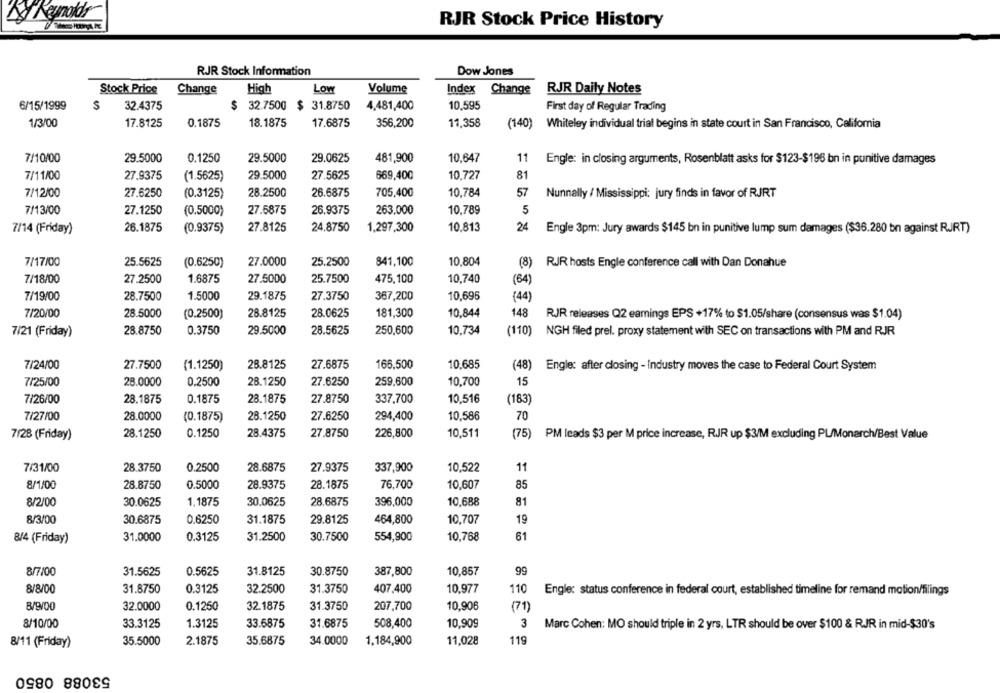
RJR Stock Price History
RJR Stock Information
Dow Jones
Change
High
Low
Volume
Index
Change
RJR Daily Notes
Stock Price
6/15/1999
$
32.4375
$
32.7500 $ 31.8750
4,481,400
10,595
First day of Regular Trading
1/3/00
17.8125
0.1875
18.1875
17.6875
356,200
11,358
(140)
Whiteley individual trial begins in state court in San Francisco, Califomia
7/10/00
29.5000
0.1250
29.5000
29.0625
481,900
10,647
11
Engle: in closing arguments, Rosenblatt asks for $123-$196 bn in punitive damages
7/11/00
27.9375
(1.5625)
29.5000
27.5625
669,400
10,727
81
7/12/00
27.6250
(0.3125)
28.2500
26.6875
705,400
10.784
57
Nunnally / Mississippi: jury finds in favor of RJRT
7/13/00
27.1250
(0.5000)
27.6875
26.9375
263,000
10,789
5
26.1875
27.8125
24.8750
1,297,300
10.813
24
7/14 (Friday)
(0.9375)
Engle 3pm: Jury awards $145 bn in punitive lump sum damages ($36.280 bn against RJRT)
7/17/00
25.5625
(0.6250)
27.0000
25.2500
841,100
10.804
(8) RJR hosts Engle conference call with Dan Donahue
7/18/00
27.2500
1.6875
27.5000
25.7500
475,100
10,740
(64
7/19/00
28.7500
1.5000
29.1875
27.3750
367,200
10,696
(44)
7/20/00
28.5000
(0.2500)
28.8125
28.0625
181,300
10.844
148
RJR releases Q2 eamings EPS +17% to $1.05/share (consensus was $1.04)
7/21 (Friday)
28.8750
0.3750
29.5000
28.5625
250,600
10.734
(110) NGH filed prel. proxy statement with SEC on transactions with PM and RJR
7/24/00
27.7500
(1.1250)
28.8125
27.6875
166,500
10.685
(48) Engle: after closing - Industry moves the case to Federal Court System
259,600
15
7/25/00
28.0000
0.2500
28.1250
27.6250
10,700
7/26/00
28.1875
0.1875
23.1875
27.8750
337,700
10.516
(183)
28.0000
28.1250
27.6250
294,400
10.586
70
7/27/00
(0.1875)
7/28 (Friday)
28.1250
0.1250
28.4375
27.8750
226,800
10,511
(75) PM leads $3 per M price increase, RJR up $3/M excluding PL/Monarch/Best Value
7/31/00
28.3750
0.2500
28.6875
27.9375
337,900
10.522
11
8/1/00
28.8750
0.5000
28.9375
28.1875
76,700
10,607
85
8/2/00
30.0625
1,1875
30.0625
28.6875
396,000
10.688
81
8/3/00
30.6875
0.6250
31.1875
29.8125
464,800
10,707
19
8/4 (Friday)
31.0000
0.3125
31.2500
30.7500
554,900
10,768
61
8/7/00
31.5625
0.5625
31.8125
30.8750
387,800
10.857
99
8/8/00
31.8750
0.3125
32.2500
31.3750
407,400
10,977
110
Engle: status conference in federal court, established timeline for remand motion/filings
32.0000
0.1250
32.1875
31.3750
207,700
10.906
(71)
8/10/00
33.3125
1.3125
33.6875
31.6875
508,400
10,909
3
Marc Cohen: MO should triple in 2 yrs, LTR should be over $100 & RJR in mid-$30's
8/11 (Friday)
35.5000
2.1875
35.6875
34.0000
1,184,900
11,028
119
53088 0850